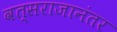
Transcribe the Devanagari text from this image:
वत्सराजानंतर